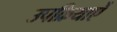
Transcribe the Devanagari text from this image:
उपक्रियाऐं